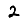
Digit: 2